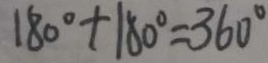
1 8 0 ^ { \circ } + 1 8 0 ^ { \circ } = 3 6 0 ^ { \circ }